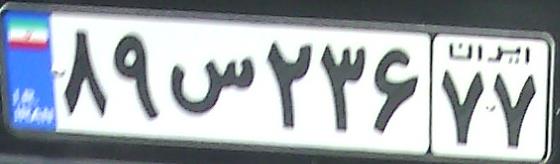
۸۹س۲۳۶۷۷